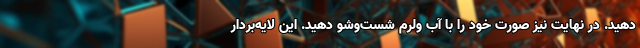
دهید. در نهایت نیز صورت خود را با آب ولرم شست‌وشو دهید. این لایه‌بردار